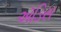
ઍડિસ